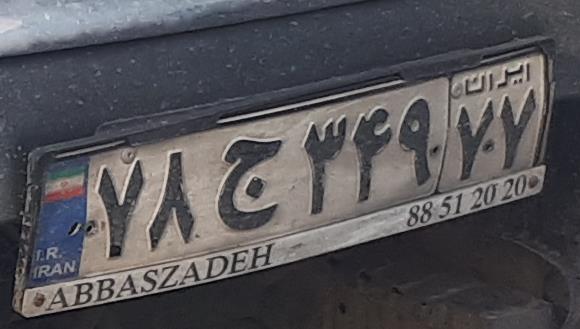
۷۸ج۳۴۹۷۷